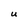
Character: U